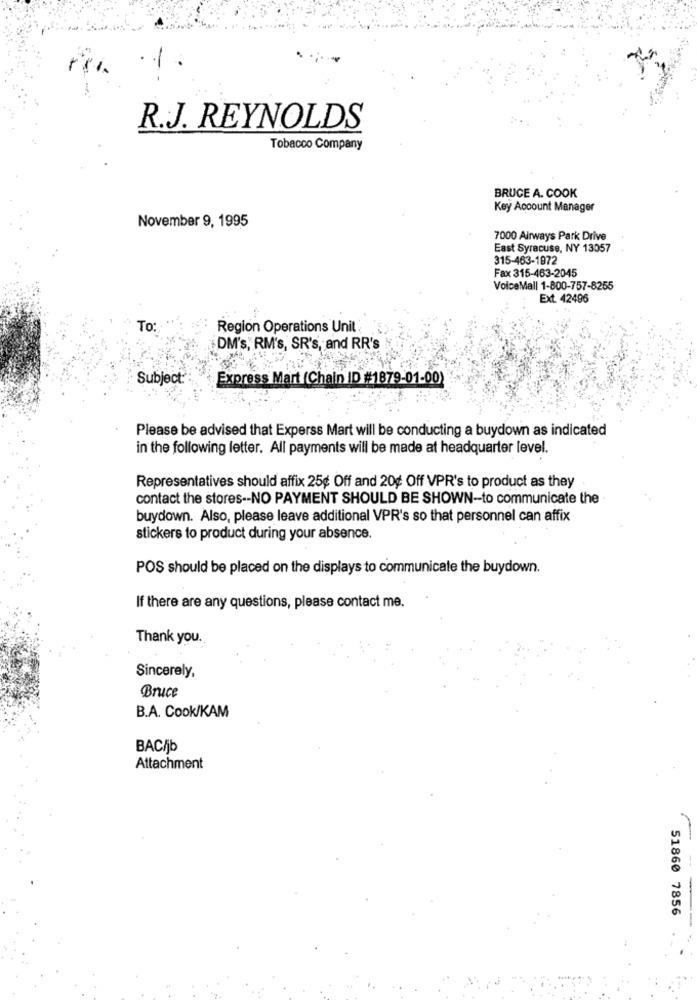
R.J. REYNOLDS
Tobacco Company
BRUCE A. COOK
Key Account Manager
November 9, 1995
7000 Airways Park Drive
East Syracuse, NY 13057
315-463-1972
Fax 315-463-2045
VoiceMall 1-800-757-8255
Ext. 42496
To:
Region Operations Unit
DM's, RM's, SR's, and RR's
Subject:
Express Mart (Chain ID #1879-01-00)
Please be advised that Experss Mart will be conducting a buydown as indicated
in the following letter. All payments will be made at headquarter level.
Representatives should affix 25¢ Off and 20g Off VPR's to product as they
contact the stores -- NO PAYMENT SHOULD BE SHOWN-to communicate the
buydown. Also, please leave additional VPR's so that personnel can affix
stickers to product during your absence.
POS should be placed on the displays to communicate the buydown.
If there are any questions, please contact me.
Thank you.
Sincerely,
Bruce
B.A. Cook/KAM
BAC/jb
Attachment
51860 7856